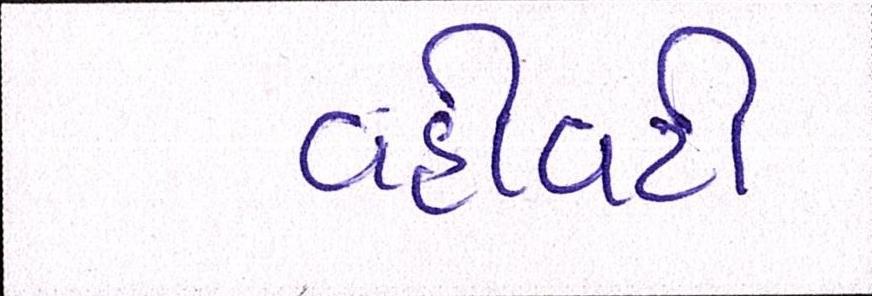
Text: વહીવટી